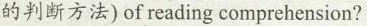
的判断方法)of reading comprehension?